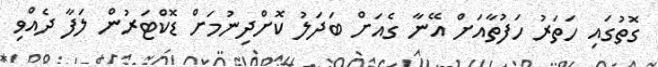
ގޮތުގައި ހަތަރު ހަފުތާއަށް އޭނާ ގެއަށް ބަދަލު ކޮށްދިނުމަށް ޑޮކްޓަރުން ލަފާ ދެއްވި